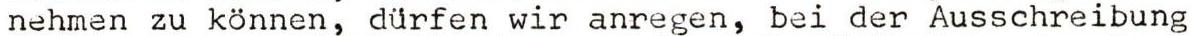
nehmen zu können, dürfen wir anregen, bei der Ausschreibung